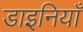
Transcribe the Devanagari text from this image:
डाइनियाँ